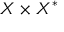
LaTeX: X \times X ^ { * }